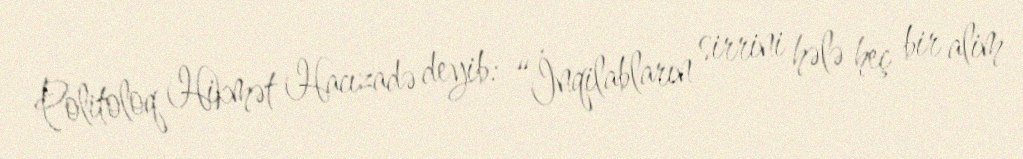
Politoloq Hikmət Hacızadə deyib: “İnqilabların sirrini hələ heç bir alim